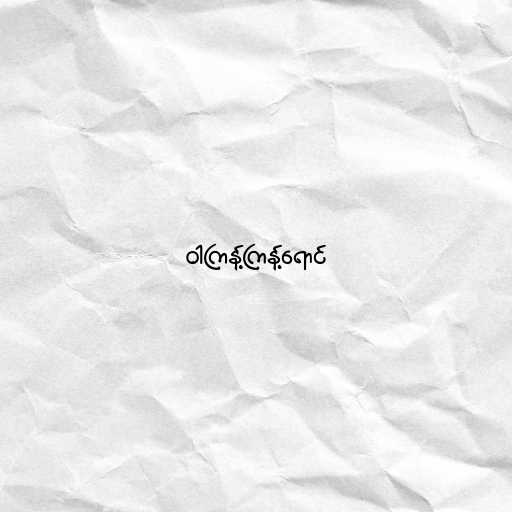
ဝါကြန့်ကြန့်ရောင်